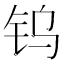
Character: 钨